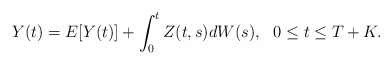
\begin{align*} Y(t) =E[Y(t)] + \int_0^t Z(t,s)dW(s), \ \ 0\leq t\leq T+K.\end{align*}